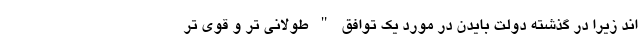
اند زیرا در گذشته دولت بایدن در مورد یک توافق " طولانی تر و قوی تر